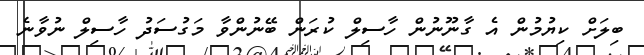
ބިލަށް ކިޔުމުން އެ ގާނޫނުން ހާސިލް ކުރަން ބޭނުންވާ މަގުސަދު ހާސިލް ނުވާނެ